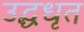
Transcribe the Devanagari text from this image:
उद्धधृत